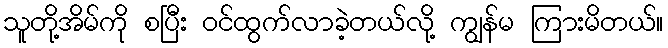
သူတို့အိမ်ကို စပြီး ဝင်ထွက်လာခဲ့တယ်လို့ ကျွန်မ ကြားမိတယ်။